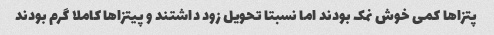
پتزا‌ها کمی خوش نمک بودند اما نسبتا تحویل زود داشتند و پیتزا‌ها کاملا گرم بودند